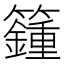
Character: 籦